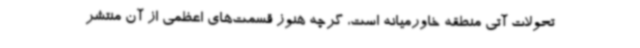
تحولات آتی منطقه خاورمیانه است، گرچه هنوز قسمت‌های اعظمی از آن منتشر